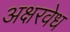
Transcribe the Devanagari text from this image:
अक्षरवेध